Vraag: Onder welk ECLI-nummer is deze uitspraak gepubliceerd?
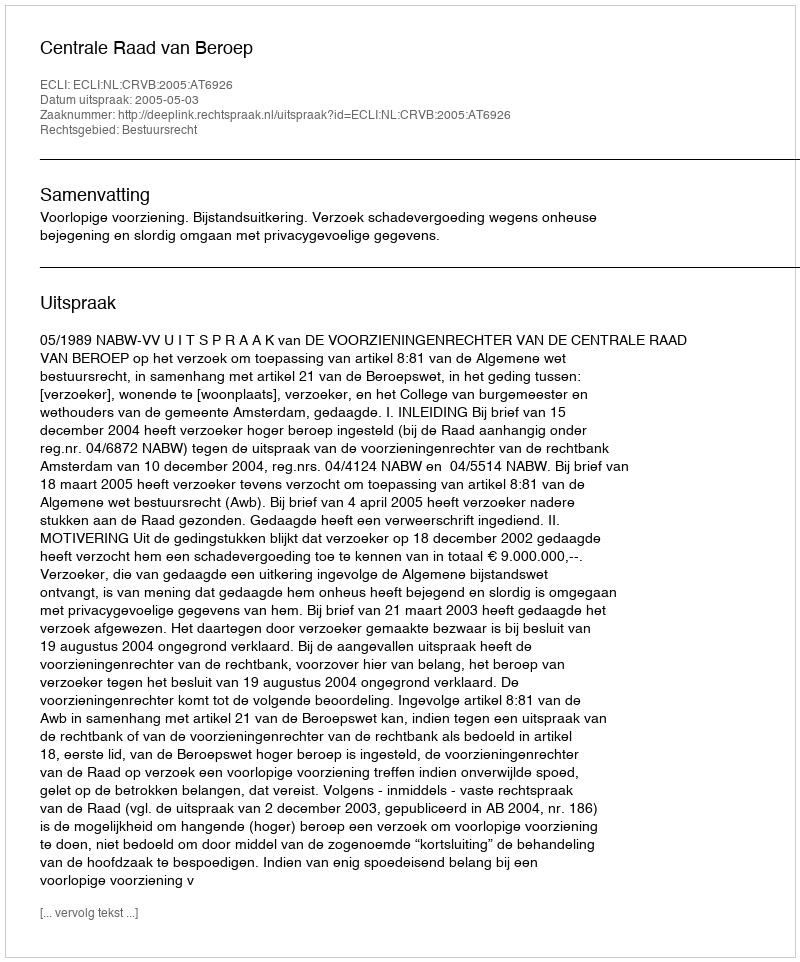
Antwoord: ECLI:NL:CRVB:2005:AT6926